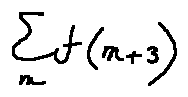
\sum \limits _ { m } f ( m + 3 )